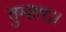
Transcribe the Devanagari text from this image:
तुम्‍हार।।